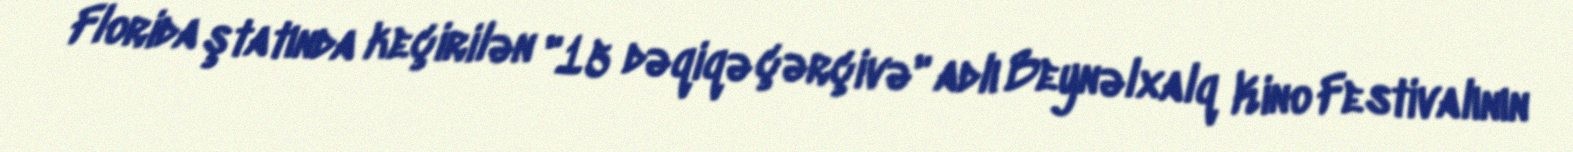
Florida ştatında keçirilən "15 dəqiqə çərçivə" adlı Beynəlxalq Kino Festivalının